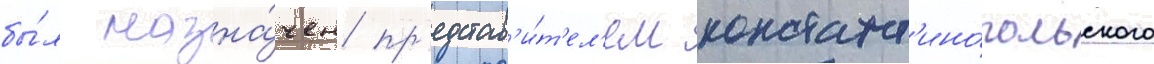
бы́л назна́чен пр'едстав'и́т'ел'ем констант'ино́польского